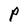
Character: P